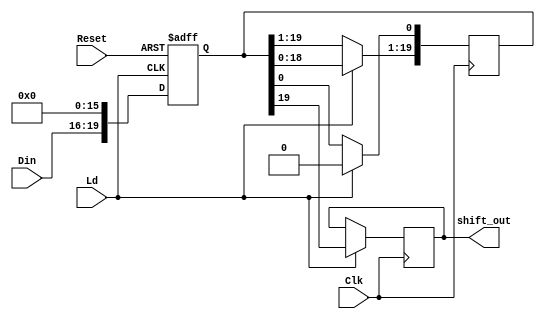
`timescale 1ns / 1ps
//////////////////////////////////////////////////////////////////////////////////
// Company: 
// Engineer: 
// 
// Design Name: 
// Module Name: LSR_1
// Project Name: 
// Target Devices: 
// Tool Versions: 
// Description: 
// 
// Dependencies: 
// 
// Revision:
// Revision 0.01 - File Created
// Additional Comments:
// 
//////////////////////////////////////////////////////////////////////////////////


module LSR_1(input Clk, Reset , Ld,
    input [3:0] Din,
    output reg shift_out);
    reg [19:0] shift_data;
    always @(posedge Reset or posedge Ld)
    begin
        if(Reset)
            shift_data = 20'b0;
        else if(Ld)
            shift_data = {Din, 16'b0000000000000000}; //redundant bits
    end
    always @(negedge Clk)
    if(Ld)
    begin
        shift_out <= shift_data[19];
        shift_data[19:1]<= shift_data[18:0];
        shift_data[0]<= 1'b0;
    end
endmodule